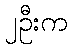
၂ဦးက